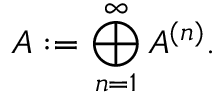
A : = \bigoplus _ { n = 1 } ^ { \infty } A ^ { ( n ) } .